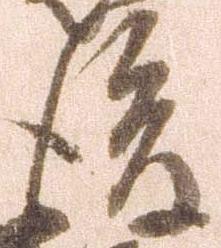
後